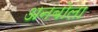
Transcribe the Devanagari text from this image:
अनबोला